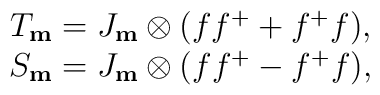
\begin {array}{cccc}T_{\bf m}=J_{\bf m}\otimes(ff^++f^+f),\\S_{\bf m}=J_{\bf m}\otimes(ff^+-f^+f),\\\end{array}